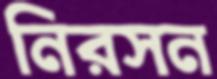
নিরসন